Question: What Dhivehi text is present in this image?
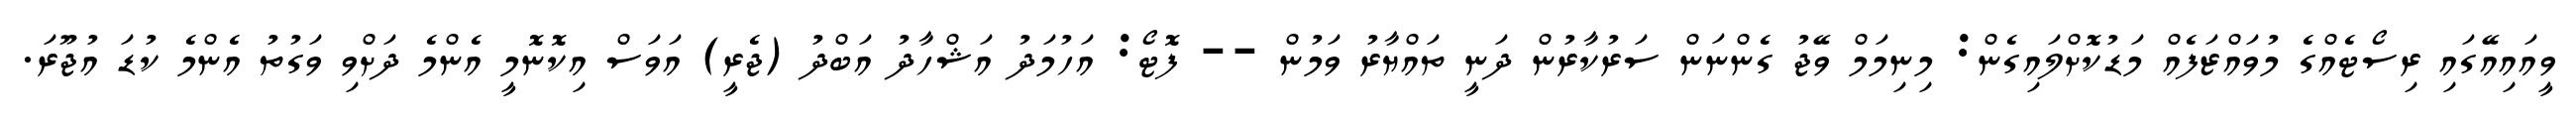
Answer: ވީއައިއޭގައި ރިސޯޓެއްގެ މުވައްޒަފެއް މަޑުކޮށްލައިގެން: މިނިމަމް ވޭޖު ގެންނަން ސަރުކާރުން ދަނީ ތައްޔާރު ވަމުން -- ފޮޓޯ: އަހުމަދު އަޝްހާދު އަބްދު (ޖެރީ) އަވަސް އިކޮނޮމީ އެންމެ ދަށްވި ވަގުތު އެންމެ ކުޑަ އުޖޫރަ.